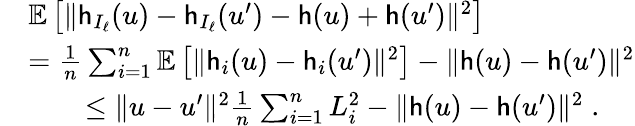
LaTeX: \begin{array}{rl}&{\mathbb{E}\left[\| \mathsf{h}_{I_{\ell}}(u)-\mathsf{h}_{I_{\ell}}(u^{\prime})-\mathsf{h}(u)+\mathsf{h}(u^{\prime})\| ^{2}\right]}\\ &{=\frac{1}{n}\sum_{i=1}^{n}\mathbb{E}\left[\| \mathsf{h}_{i}(u)-\mathsf{h}_{i}(u^{\prime})\| ^{2}\right]-\| \mathsf{h}(u)-\mathsf{h}(u^{\prime})\| ^{2}}\\ &{\qquad\leq\| u-u^{\prime}\| ^{2}\frac{1}{n}\sum_{i=1}^{n}L_{i}^{2}-\| \mathsf{h}(u)-\mathsf{h}(u^{\prime})\| ^{2}\; .}\end{array}